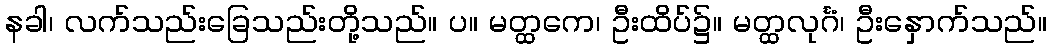
နခါ၊ လက်သည်းခြေသည်းတို့သည်။ ပ။ မတ္ထကေ၊ ဦးထိပ်၌။ မတ္ထလုင်္ဂံ၊ ဦးနှောက်သည်။